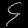
Digit: ၄